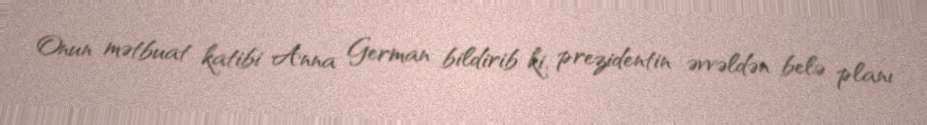
Onun mətbuat katibi Anna German bildirib ki, prezidentin əvvəldən belə planı